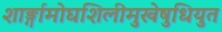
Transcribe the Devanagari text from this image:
शार्ङ्गामोघशिलीमुखेषुधियुत